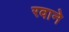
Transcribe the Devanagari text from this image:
रवाने